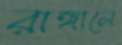
রাঙ্গালে